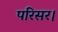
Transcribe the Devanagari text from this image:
परिसर।